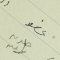
عضو حنون راشد